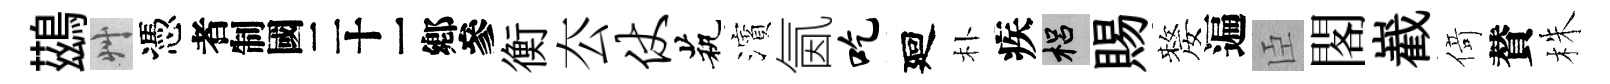
鷀艸憑识衡厺仗茕濱氤吃廻朴疾梠賜嫠遍臣閣嶻𠋣賛株